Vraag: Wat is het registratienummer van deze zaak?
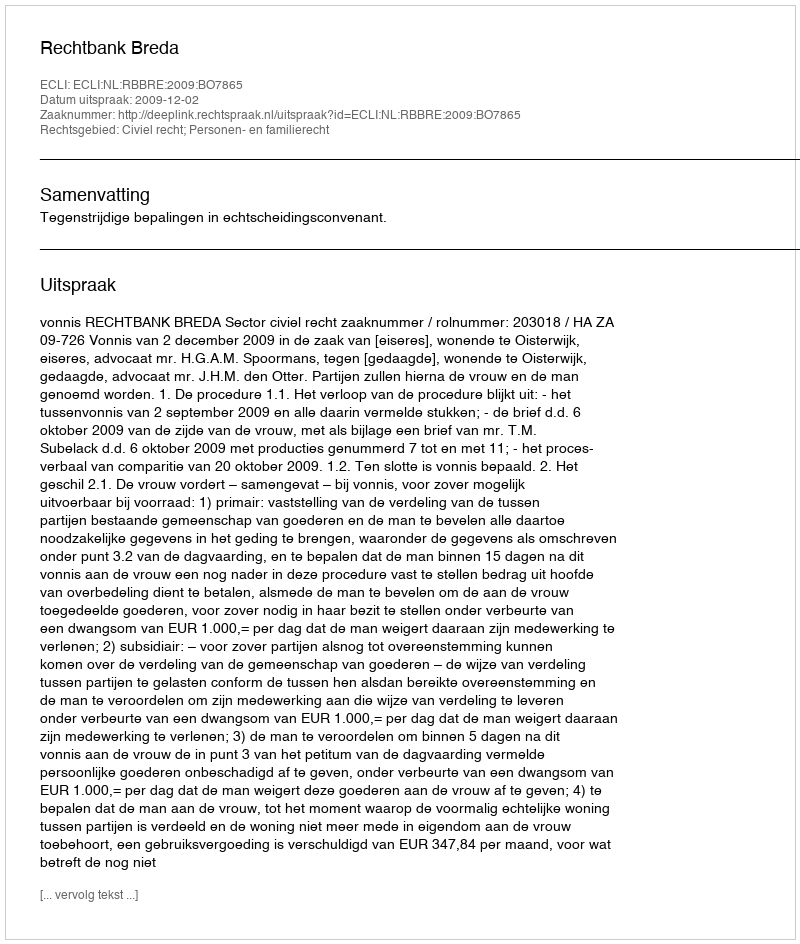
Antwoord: http://deeplink.rechtspraak.nl/uitspraak?id=ECLI:NL:RBBRE:2009:BO7865